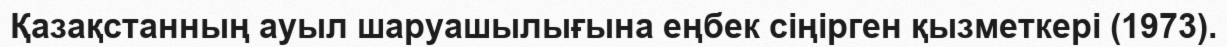
Қазақстанның ауыл шаруашылығына еңбек сіңірген қызметкері (1973).